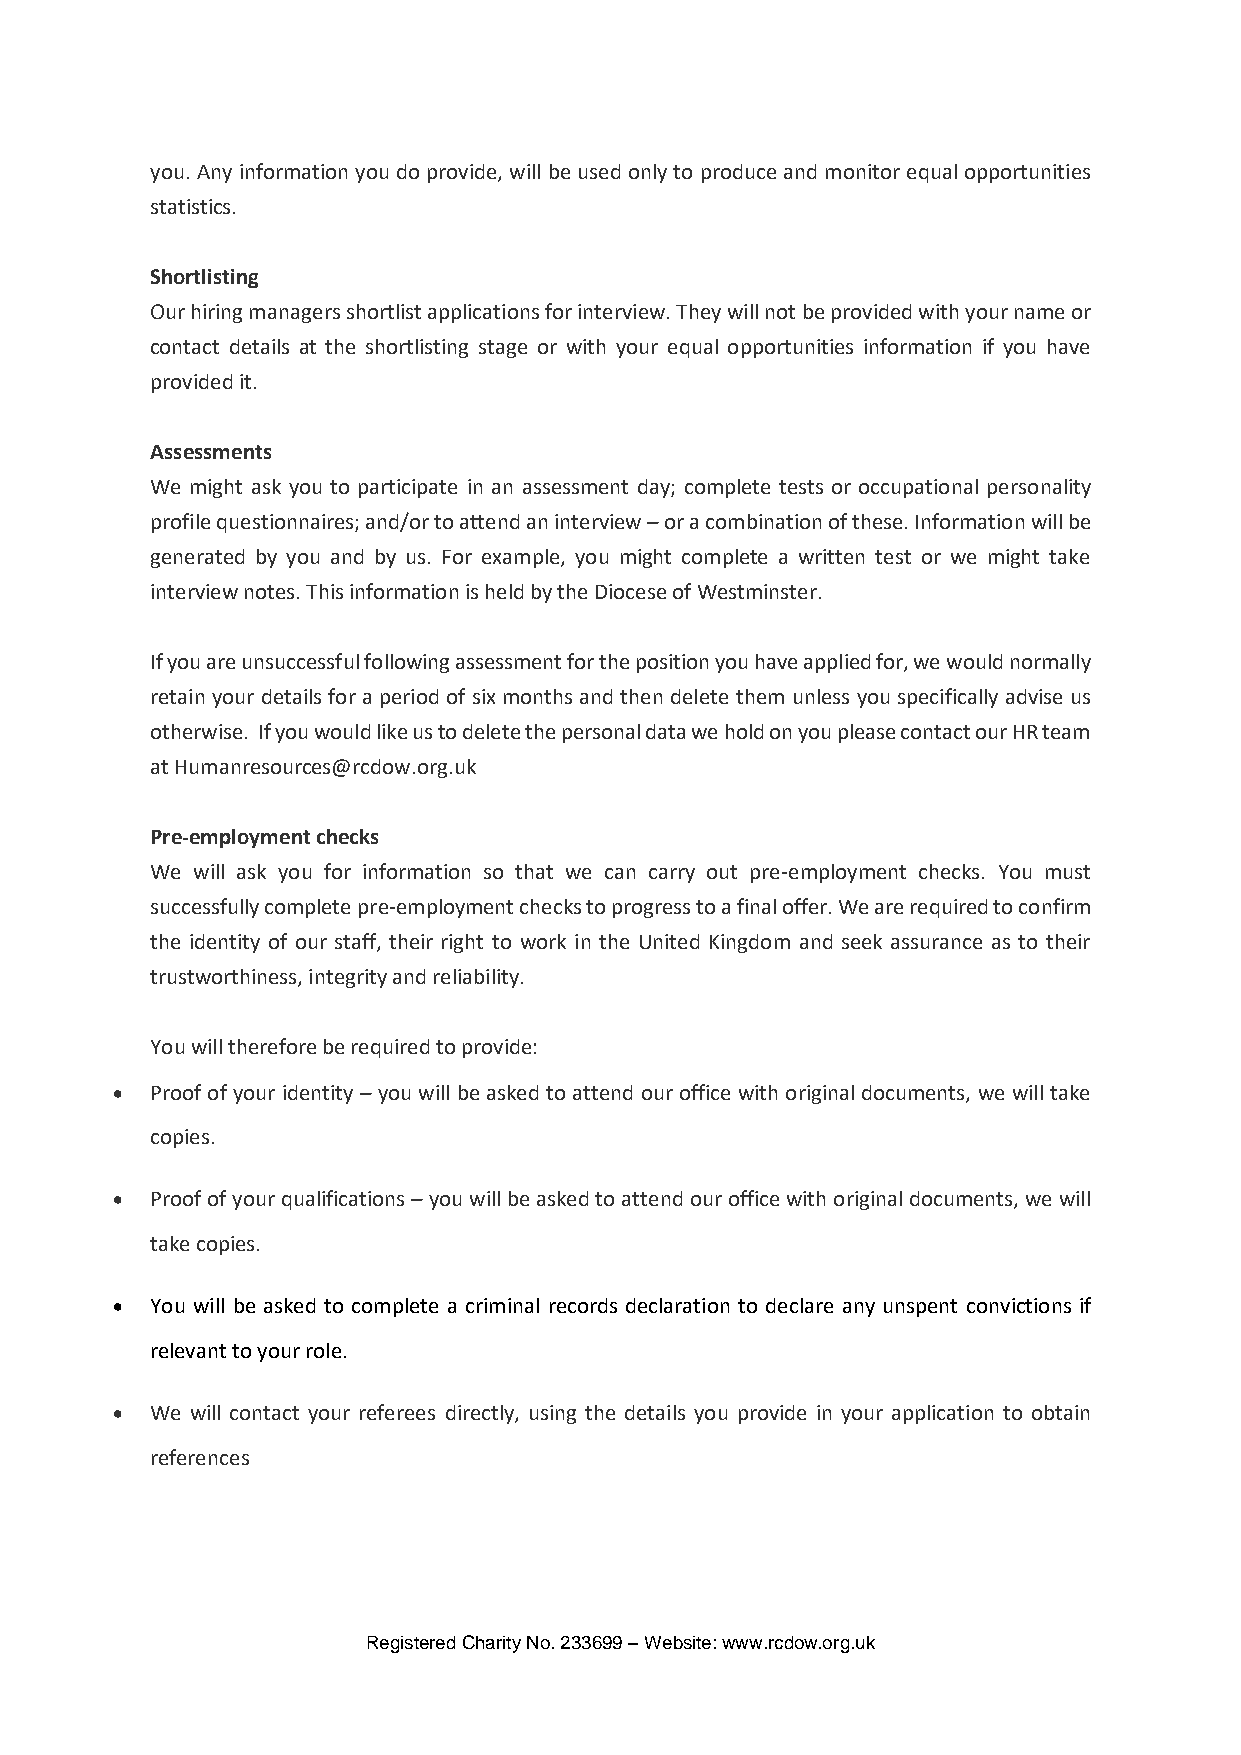
you. Any information you do provide, will be used only to produce and monitor equal opportunities
 statistics.
 Shortlisting
 Our hiring managers shortlist applications for interview. They will not be provided with your name or
 contact details at the shortlisting stage or with your equal opportunities information if you have
 provided it.
 Assessments
 We might ask you to participate in an assessment day; complete tests or occupational personality
 profile questionnaires; and/or to attend an interview – or a combination of these. Information will be
 generated by you and by us. For example, you might complete a written test or we might take
 interview notes. This information is held by the Diocese of Westminster.
 If you are unsuccessful following assessment for the position you have applied for, we would normally
 retain your details for a period of six months and then delete them unless you specifically advise us
 otherwise. If you would like us to delete the personal data we hold on you please contact our HR team
 at Humanresources@rcdow.org.uk
 Pre-employment checks
 We will ask you for information so that we can carry out pre-employment checks. You must
 successfully complete pre-employment checks to progress to a final offer. We are required to confirm
 the identity of our staff, their right to work in the United Kingdom and seek assurance as to their
 trustworthiness, integrity and reliability.
 You will therefore be required to provide:
   Proof of your identity – you will be asked to attend our office with original documents, we will take
 copies.
   Proof of your qualifications – you will be asked to attend our office with original documents, we will
 take copies.
   You will be asked to complete a criminal records declaration to declare any unspent convictions if
 relevant to your role.
   We will contact your referees directly, using the details you provide in your application to obtain
 references
 Registered Charity No. 233699 – Website: www.rcdow.org.uk